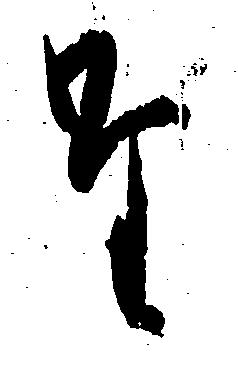
た